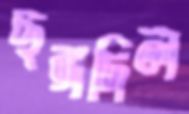
ছঙ্গদিল